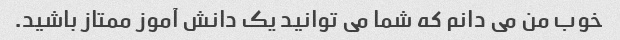
خوب من می دانم که شما می توانید یک دانش آموز ممتاز باشید.